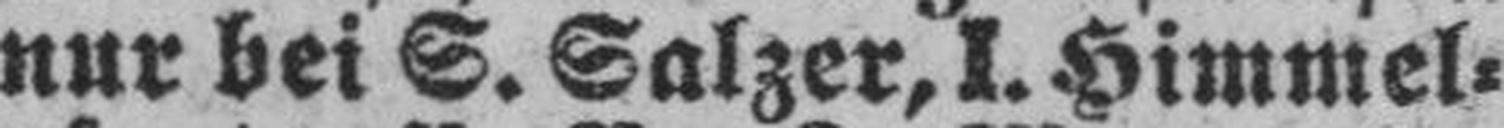
nur bei S. Salzer, I. Himmel¬